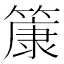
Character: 𫂞